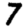
Digit: 7